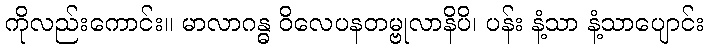
ကိုလည်းကောင်း။ မာလာဂန္ဓ ဝိလေပနတမ္ဗုလာနိပိ၊ ပန်း နံ့သာ နံ့သာပျောင်း